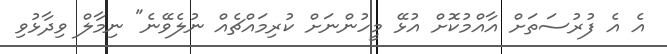
އެ އެ ފުރުސަތަށް އާއްމުކޮށް އުޅޭ މީހުންނަށް ކުރިމައްޗެއް ނުލެވޭނެ" ނިމާލް ވިދާޅުވި